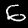
Digit: 6